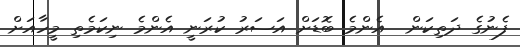
ފެނުގެ ދަތިކަން  އެންމެ ބޮޑަށް އަސަރު ކުރަނީ އެންމެ ނިކަމެތި މީހާއަށް